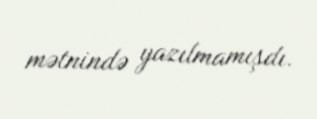
mətnində yazılmamışdı.